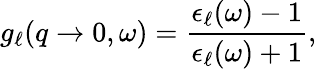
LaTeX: g_{\mathrm{\ell}}(q\to 0,\omega)=\frac{\epsilon_{\ell}(\omega)-1}{\epsilon_{\ell}(\omega)+1},